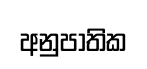
අනුපාතික